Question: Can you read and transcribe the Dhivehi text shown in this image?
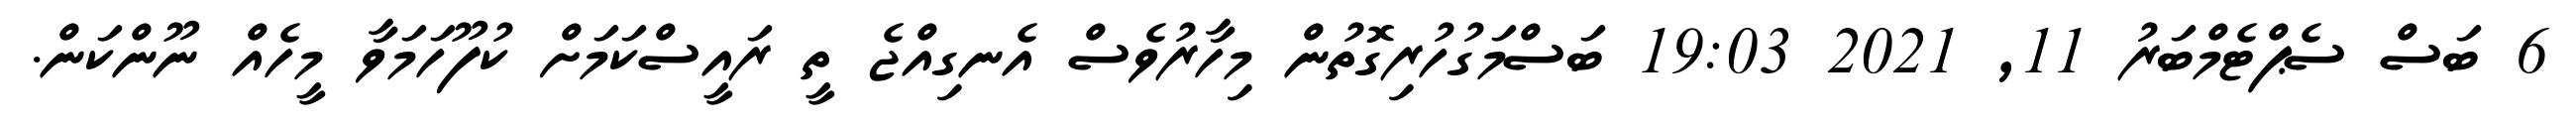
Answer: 6 ބަސް ސެޕްޓެމްބަރު 11, 2021 19:03 ބަސްމަގުހުރިގޮތުން މިހާރުވެސް އެނގިއްޖެ ތީ ރައީސްކަމަށް ކުފޫހަމަވާ މީހެއް ނޫންކަން.